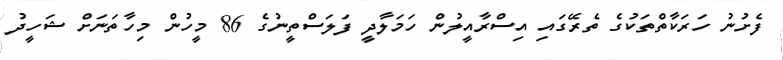
ފެށުނު ހަރަކާތްތަކުގެ ތެރޭގައި އިސްރާއީލުން ހަމަލާދީ ފަލަސްތީނުގެ 86 މީހުން މިހާތަނަށް ޝަހީދު